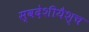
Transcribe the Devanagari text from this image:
स्वदेशीयैश्च